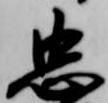
忠